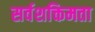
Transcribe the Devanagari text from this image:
सर्वशक्तिमता